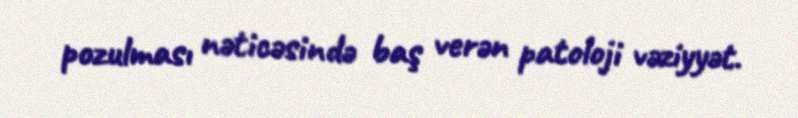
pozulması nəticəsində baş verən patoloji vəziyyət.